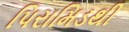
પિરામિડથી